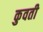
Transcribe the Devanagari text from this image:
कुवती